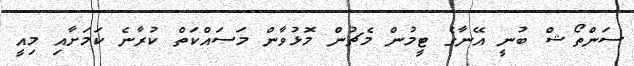
ސަންތޯޝް ބުނީ އޭނާގެ ޓީމުން މެޗުން މޮޅުވާން މަސައްކަތް ކުރާނެ ކަމަށާއި މިއީ